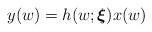
LaTeX: \begin{align*}y(w)=h(w;\boldsymbol{\xi })x(w)\end{align*}